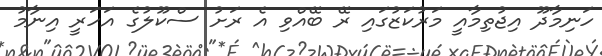
ހަނިމާދޫ އިޖުތިމާއީ މަރުކަޒުގައި ރޭ ބޭއްވި އެ ރަށު ސްކޫލުގެ އަހަރީ އިނާމު